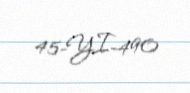
45-YI-490